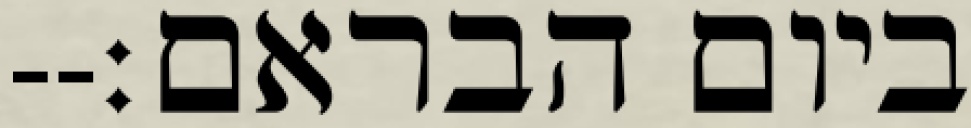
ביום הבראם׃--